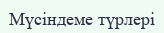
Мүсіндеме түрлері